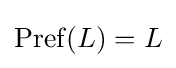
\operatorname {Pref} (L)=L